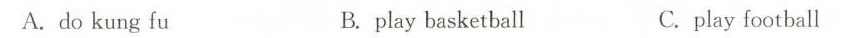
A.do kung fu B. play basketball C.play football